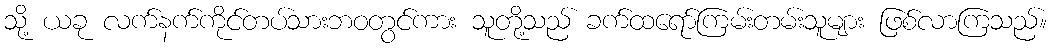
သို့ ယခု လက်နက်ကိုင်တပ်သားဘဝတွင်ကား သူတို့သည် ခက်ထရော်ကြမ်းတမ်းသူများ ဖြစ်လာကြသည်။